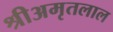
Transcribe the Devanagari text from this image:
श्रीअमृतलाल